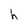
Character: h